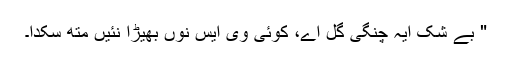
" بے شک ایہ چنگی گل اے، کوئی وی ایس نوں بھیڑا نئیں مِتھ سکدا۔